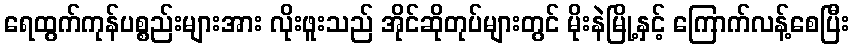
ရေထွက်ကုန်ပစ္စည်းများအား လိုးဖူးသည် အိုင်ဆိုတုပ်များတွင် မိုးနဲမြို့နှင့် ကြောက်လန့်စေပြီး